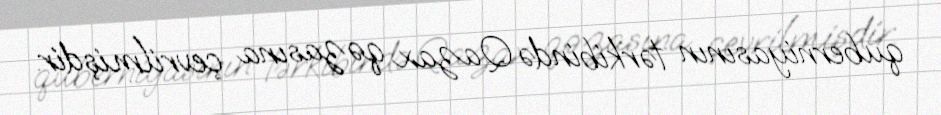
quberniyasının tərkibində Qazax qəzasına çevrilmişdir.